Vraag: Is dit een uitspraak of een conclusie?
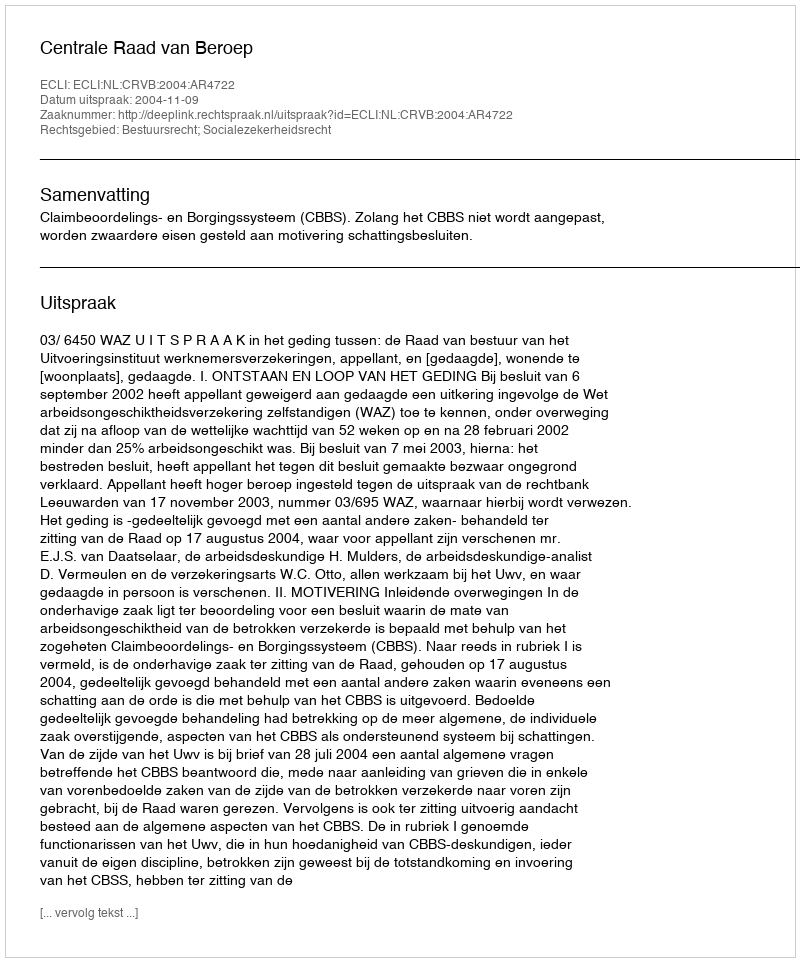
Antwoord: Uitspraak